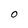
Character: O